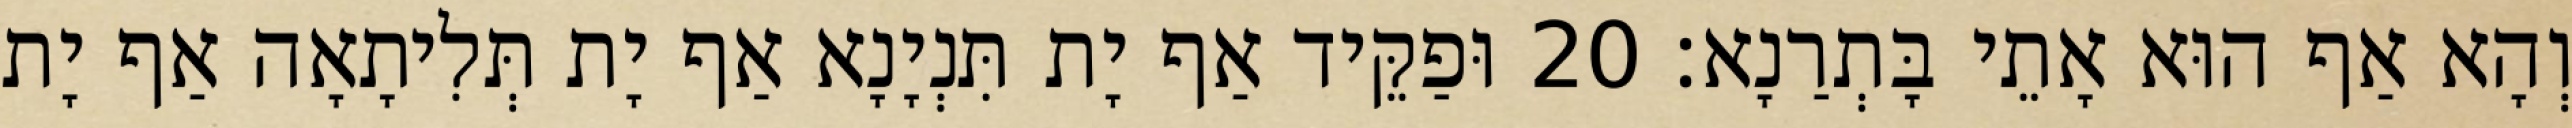
וְהָא אַף הוּא אָתֵי בָּתְרַנָא׃ 20 וּפַקֵּיד אַף יָת תִּנְיָנָא אַף יָת תְּלִיתָאָה אַף יָת